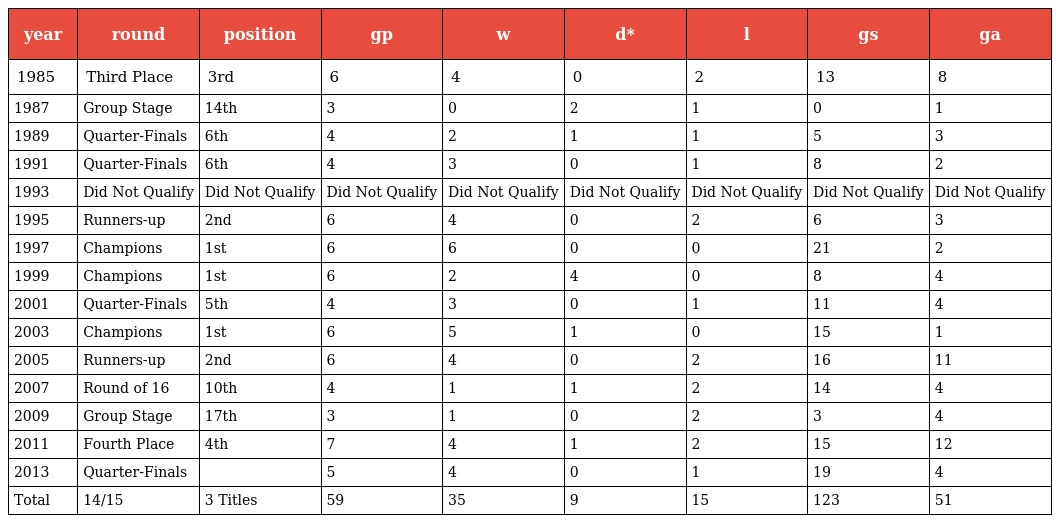
| year | round | position | gp | w | d* | l | gs | ga |
 | --- | --- | --- | --- | --- | --- | --- | --- | --- |
 | 1985 | Third Place | 3rd | 6 | 4 | 0 | 2 | 13 | 8 |
 | 1987 | Group Stage | 14th | 3 | 0 | 2 | 1 | 0 | 1 |
 | 1989 | Quarter-Finals | 6th | 4 | 2 | 1 | 1 | 5 | 3 |
 | 1991 | Quarter-Finals | 6th | 4 | 3 | 0 | 1 | 8 | 2 |
 | 1993 | Did Not Qualify | Did Not Qualify | Did Not Qualify | Did Not Qualify | Did Not Qualify | Did Not Qualify | Did Not Qualify | Did Not Qualify |
 | 1995 | Runners-up | 2nd | 6 | 4 | 0 | 2 | 6 | 3 |
 | 1997 | Champions | 1st | 6 | 6 | 0 | 0 | 21 | 2 |
 | 1999 | Champions | 1st | 6 | 2 | 4 | 0 | 8 | 4 |
 | 2001 | Quarter-Finals | 5th | 4 | 3 | 0 | 1 | 11 | 4 |
 | 2003 | Champions | 1st | 6 | 5 | 1 | 0 | 15 | 1 |
 | 2005 | Runners-up | 2nd | 6 | 4 | 0 | 2 | 16 | 11 |
 | 2007 | Round of 16 | 10th | 4 | 1 | 1 | 2 | 14 | 4 |
 | 2009 | Group Stage | 17th | 3 | 1 | 0 | 2 | 3 | 4 |
 | 2011 | Fourth Place | 4th | 7 | 4 | 1 | 2 | 15 | 12 |
 | 2013 | Quarter-Finals |  | 5 | 4 | 0 | 1 | 19 | 4 |
 | Total | 14/15 | 3 Titles | 59 | 35 | 9 | 15 | 123 | 51 |